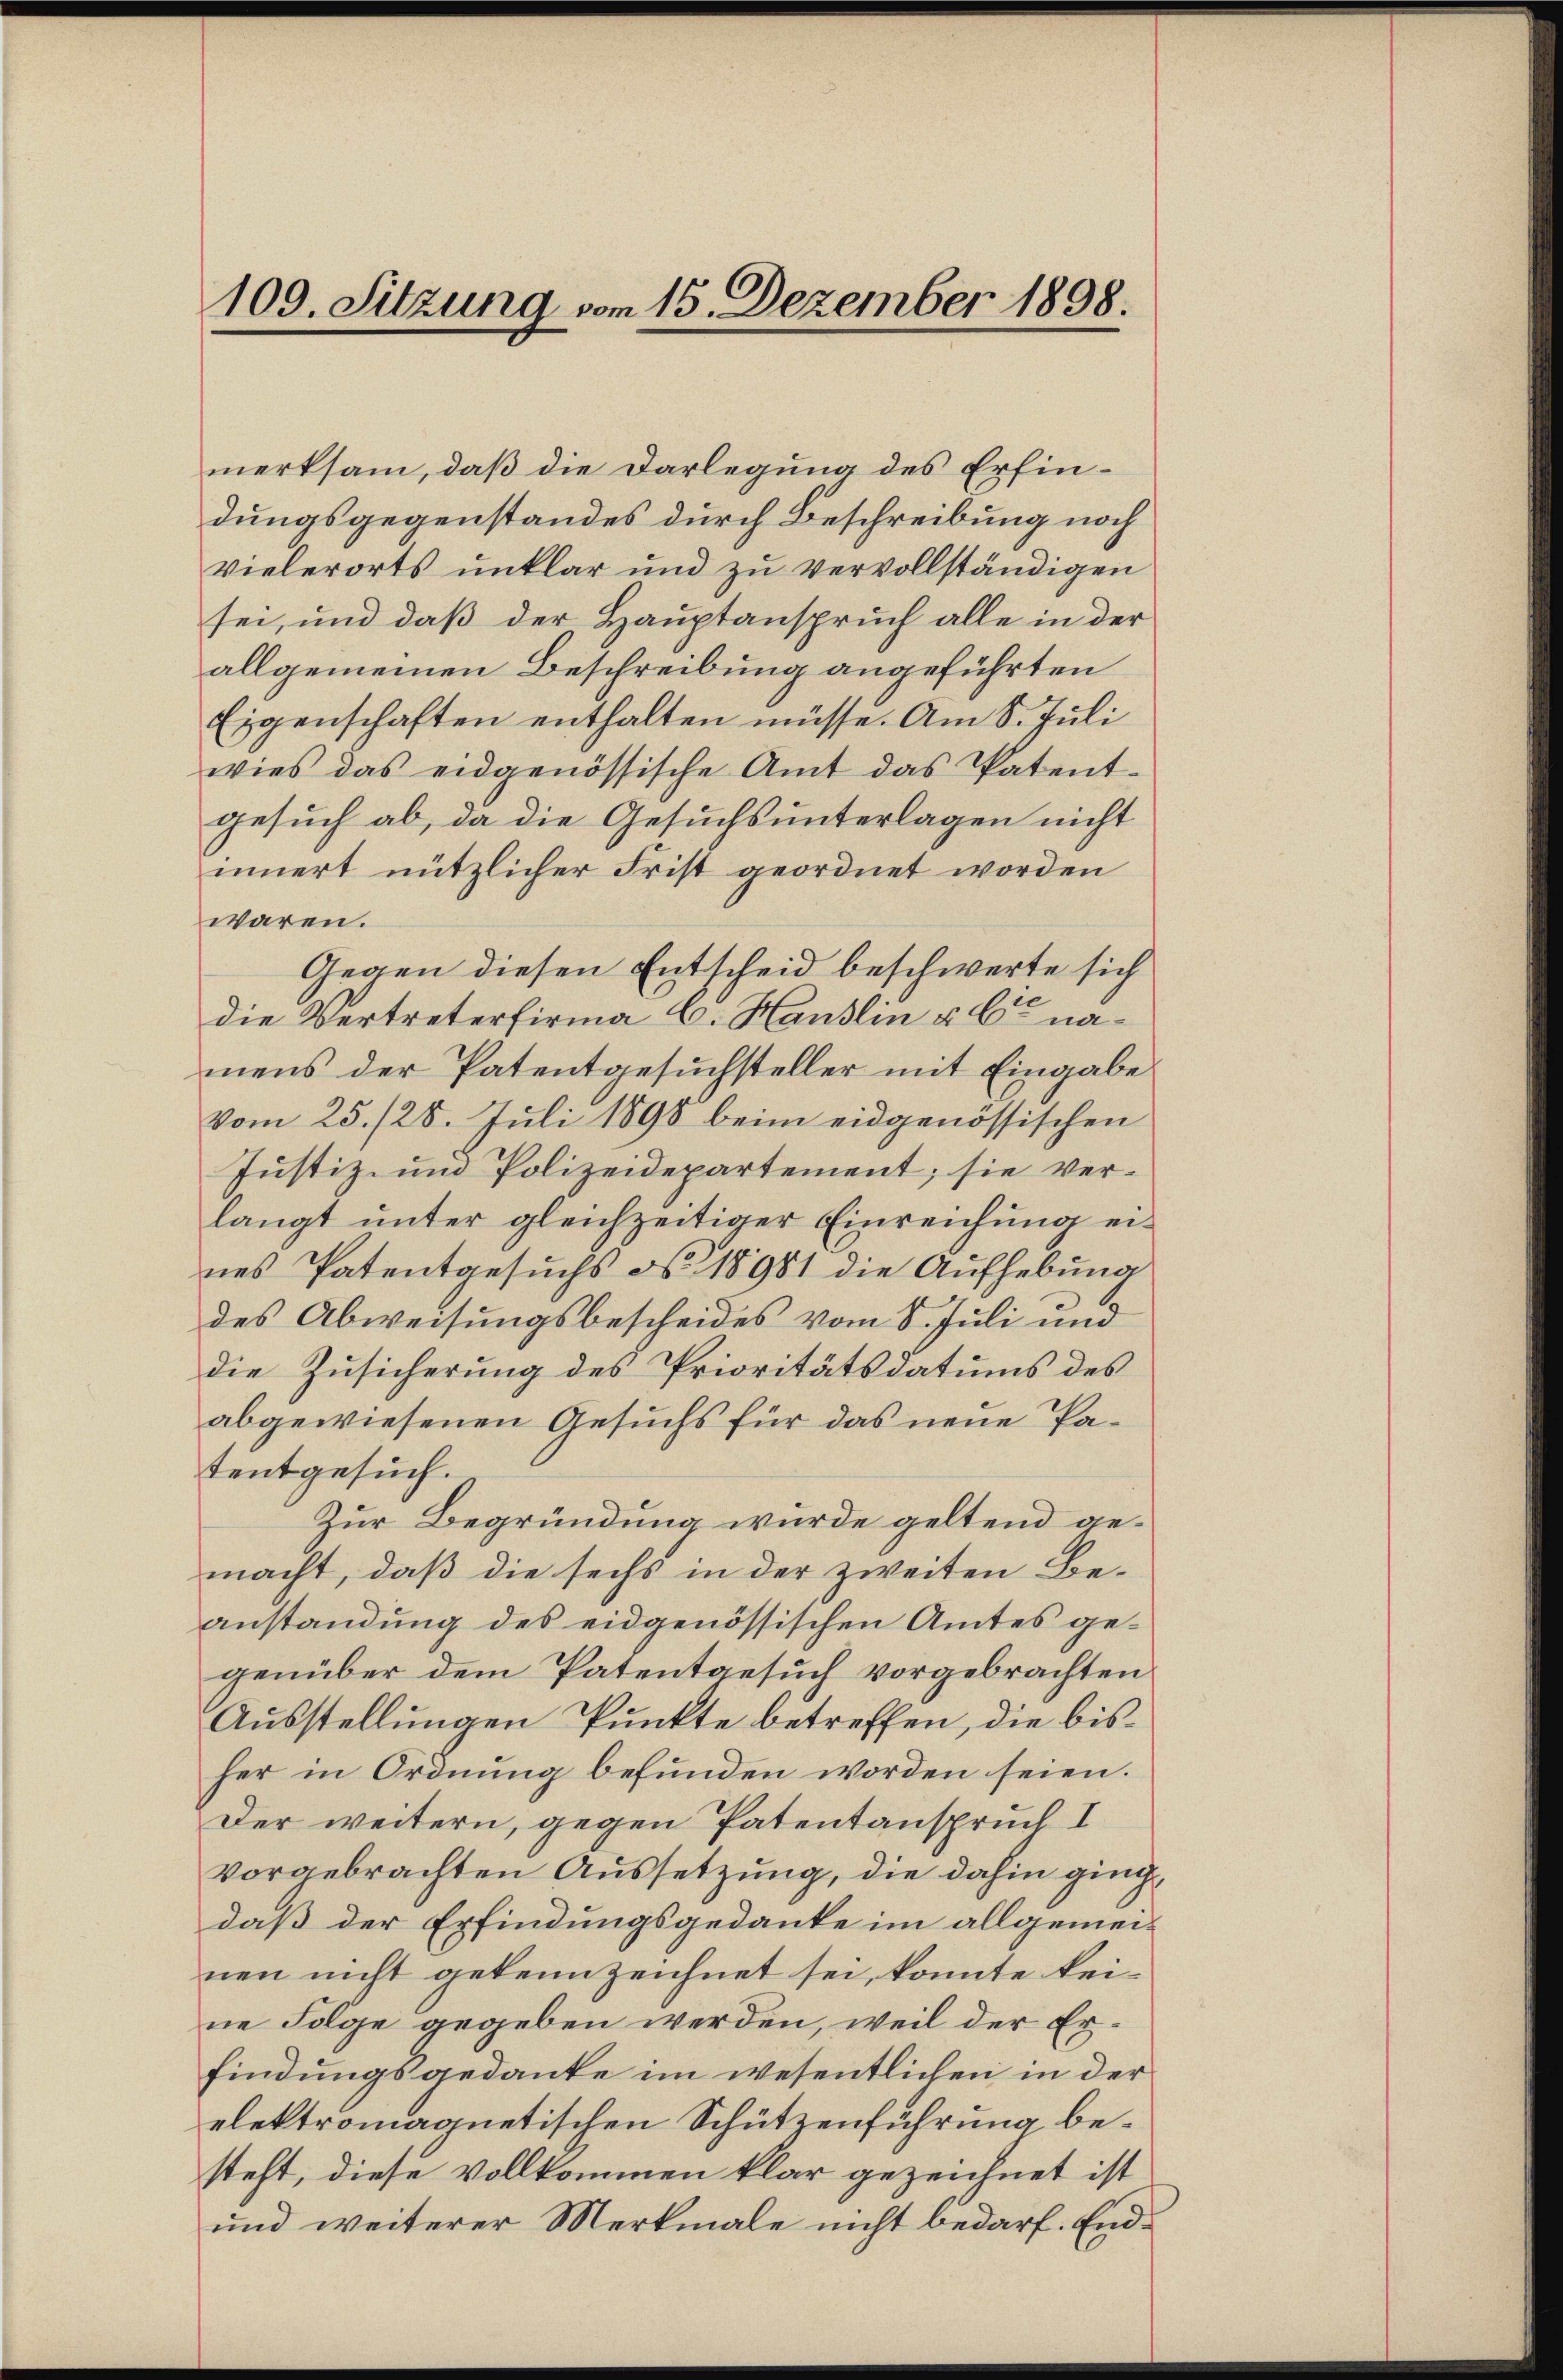
109. Sitzung vom 15. Dezember 1898.

merksam, daß die Darlegung des Erfindungsgegenstandes durch Beschreibung noch
vielerorts unklar und zu vervollständigen
sei, und daß der Hauptanspruch alle in der
allgemeinen Beschreibung angeführten
Eigenschaften enthalten müsse. Am 8. Juli
wies das eidgenössische Amt das Patent-
gesuch ab, da die Gesuchsunterlagen nicht
innert nützlicher Frist geordnet worden
waren.
Gegen diesen Entscheid beschwerte sich
die Vertreterfirma C. Handlin u. 6 namens der Patentgesuchsteller mit Eingabe
vom 25. 128. Juli 1898 beim eidgenössischen
Justiz- und Polizeidepartement; sie verlangt unter gleichzeitiger Einreichung eines Patentgesuchs d. 18981 die Aufhebung
des Abweisungsbescheides vom 8. Juli und
die Zusicherung des Prioritätsdatums des
abgewiesenen Gesuchs für das neue Patentgesuch.
Zur Begründung wurde geltend gemacht, daß die sechs in der zweiten Beanstandung des eidgenössischen Amtes gegenüber dem Patentgesuch vorgebrachten
Ausstellungen Punkte betreffen, die bisher in Ordnung befunden worden seien.
Der weitern, gegen Patentanspruch I
vorgebrachten Aussetzung, die dahin gingdaß der Erfindungsgedanke im allgemei-
nen nicht gekennzeichnet sei, konnte keine Folge gegeben werden, weil der Erfindungsgedanke im wesentlichen in der
elektromagnetischen Schützenführung besteht, diese vollkommen klar gezeichnet ist
und weiterer Merkmale nicht bedarf. End¬